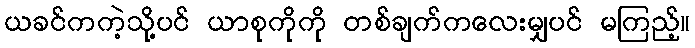
ယခင်ကကဲ့သို့ပင် ယာစုကိုကို တစ်ချက်ကလေးမျှပင် မကြည့်။